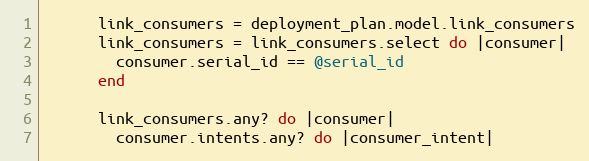
Language: Ruby
      link_consumers = deployment_plan.model.link_consumers
      link_consumers = link_consumers.select do |consumer|
        consumer.serial_id == @serial_id
      end

      link_consumers.any? do |consumer|
        consumer.intents.any? do |consumer_intent|